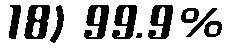
18) 99.9%